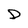
Character: D